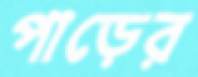
পাড়ের